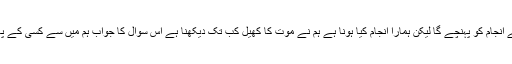
قاتل اپنے انجام کو پہنچے گا لیکن ہمارا انجام کیا ہونا ہے ہم نے موت کا کھیل کب تک دیکھنا ہے اس سوال کا جواب ہم میں سے کسی کے پاس نہیں۔